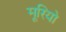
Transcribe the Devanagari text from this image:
मूरियो